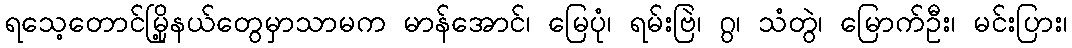
ရသေ့တောင်မြို့နယ်တွေမှာသာမက မာန်အောင်၊ မြေပုံ၊ ရမ်းဗြဲ၊ ဂွ၊ သံတွဲ၊ မြောက်ဦး၊ မင်းပြား၊